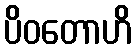
ပိဝတောဟိ